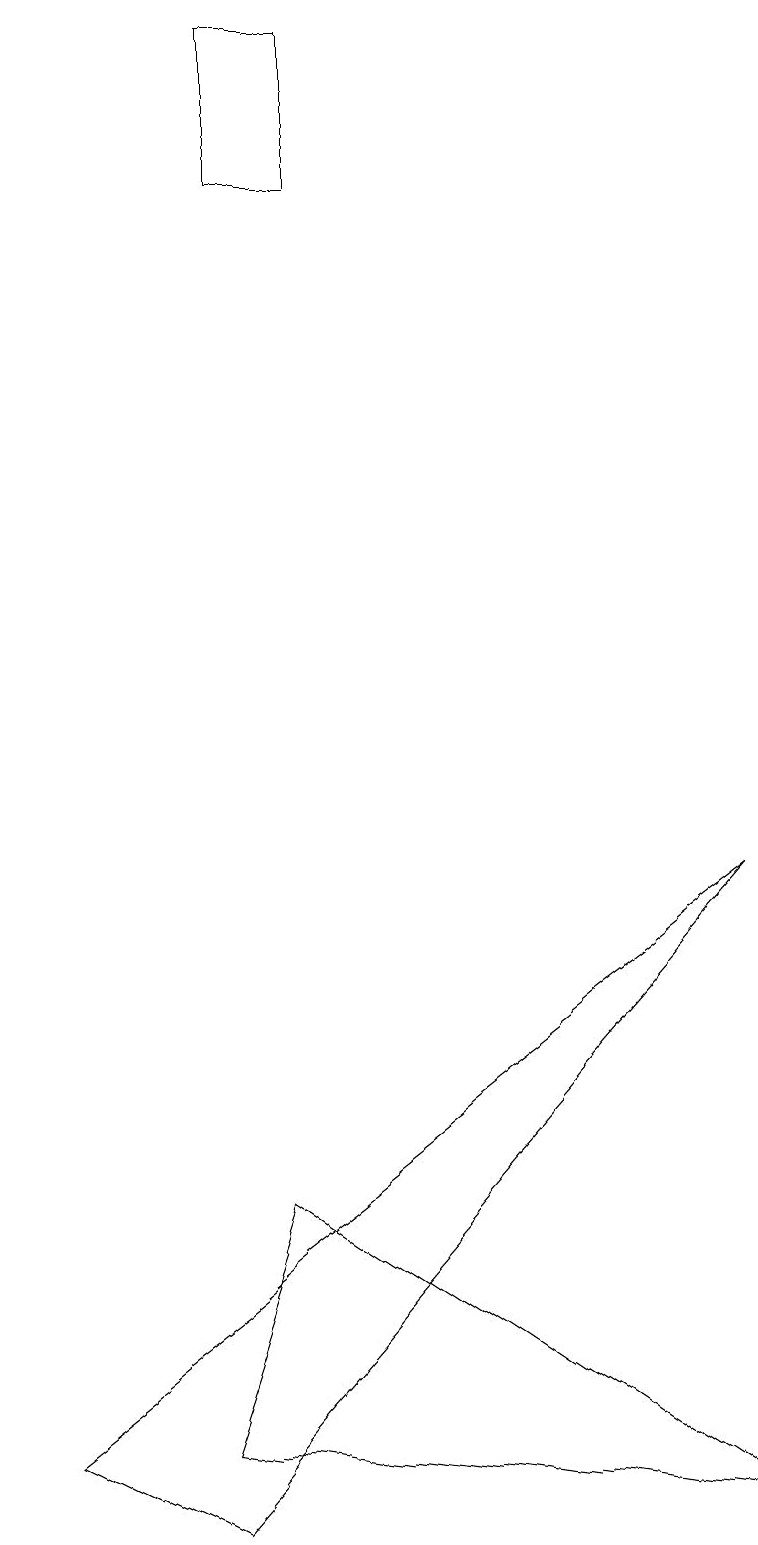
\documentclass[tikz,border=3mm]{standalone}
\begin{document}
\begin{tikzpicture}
\draw (9,0) -- (2,1) -- (3,4) -- cycle;
\draw (3,19) rectangle (4,17);
\draw (0,1) -- (2,0) -- (9,8) -- cycle;
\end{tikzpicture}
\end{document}